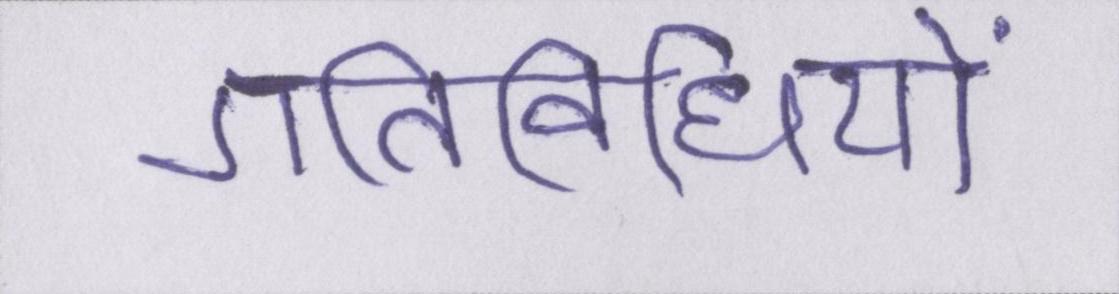
गतिविधियों